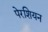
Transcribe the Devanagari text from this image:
पेरशियन